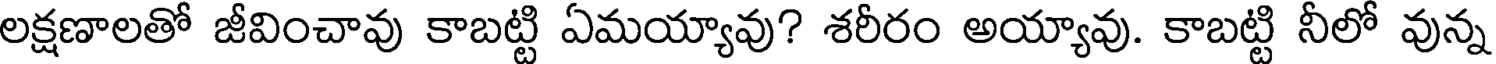
లక్షణాలతో జీవించావు కాబట్టి ఏమయ్యావు? శరీరం అయ్యావు. కాబట్టి నీలో వున్న